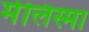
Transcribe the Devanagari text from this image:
मेलिस्मा